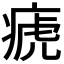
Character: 𤷡